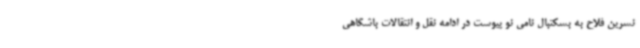
نسرین فلاح به بسکتبال نامی نو پیوست در ادامه نقل و انتقالات باشگاهی